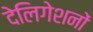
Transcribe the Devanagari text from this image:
देलिगेशनों